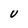
Character: U